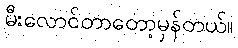
မီးလောင်တာတော့မှန်တယ်။